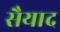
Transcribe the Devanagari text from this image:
सैयाद